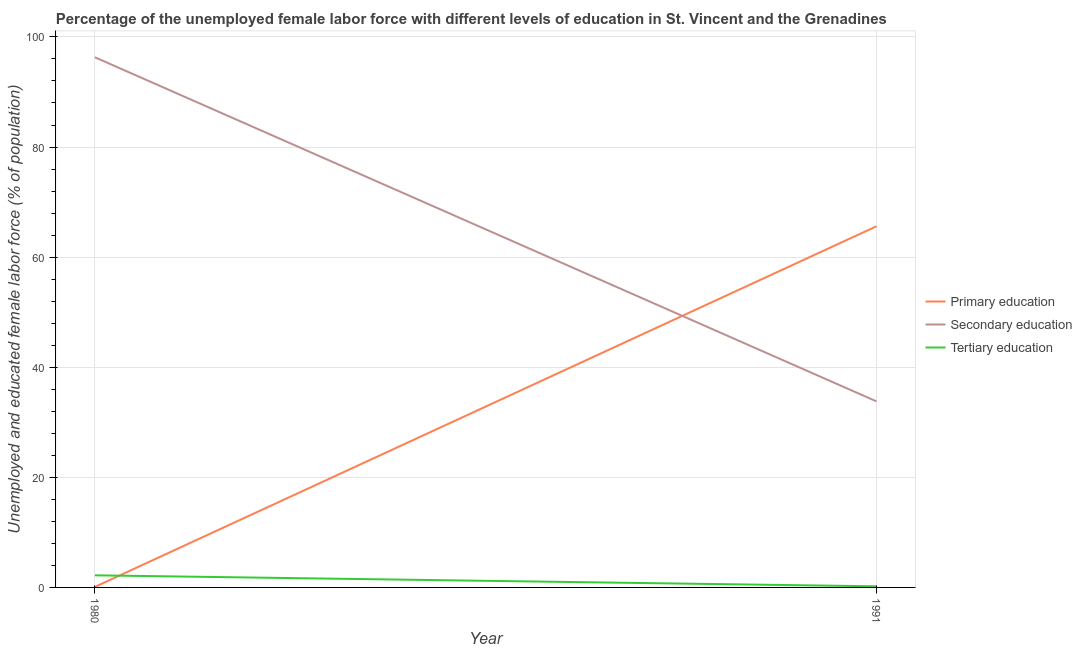
| Year | Primary education | Secondary education | Tertiary education |
 | --- | --- | --- | --- |
 | 1980 | 0.1 | 96.3 | 2.2 |
 | 1991 | 65.6 | 33.8 | 0.2 |